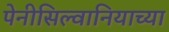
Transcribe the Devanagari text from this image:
पेनीसिल्वानियाच्या